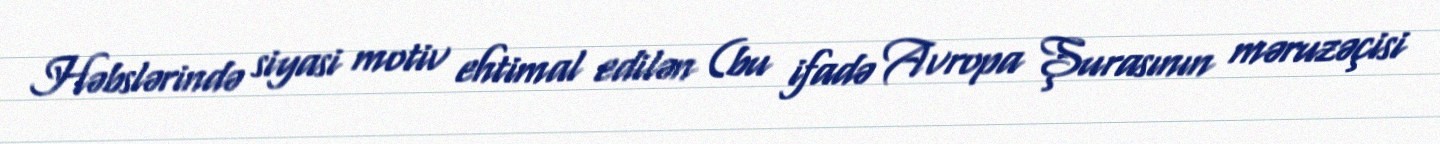
Həbslərində siyasi motiv ehtimal edilən (bu ifadə Avropa Şurasının məruzəçisi